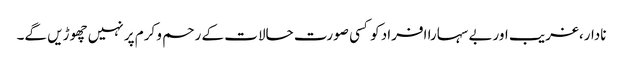
نادار،غریب اوربے سہارا افراد کو کسی صورت حالات کے رحم و کرم پر نہیں چھوڑیں گے۔